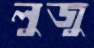
লুজু